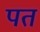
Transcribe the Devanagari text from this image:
पतं